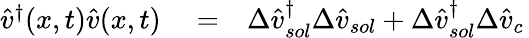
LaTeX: \begin{array}{rlr}{\hat{v}^{\dagger}(x,t)\hat{v}(x,t)}&{{}=}&{\Delta\hat{v}_{sol}^{\dagger}\Delta\hat{v}_{sol}+\Delta\hat{v}_{sol}^{\dagger}\Delta\hat{v}_{c}\, }\end{array}